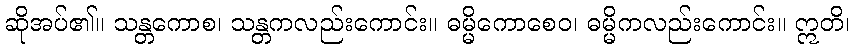
ဆိုအပ်၏။ သန္တကောစ၊ သန္တကလည်းကောင်း။ ဓမ္မိကောစေဝ၊ ဓမ္မိကလည်းကောင်း။ ဣတိ၊